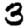
Digit: 3